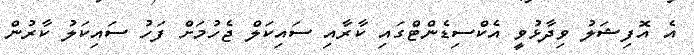
އެ އޮފިޝަލު ވިދާޅުވީ އެކްސިޑެންޓްގައި ކާރާއި ސައިކަލް ޖެހުމަށް ފަހު ސައިކަލު ކާރުން